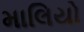
માલિયો